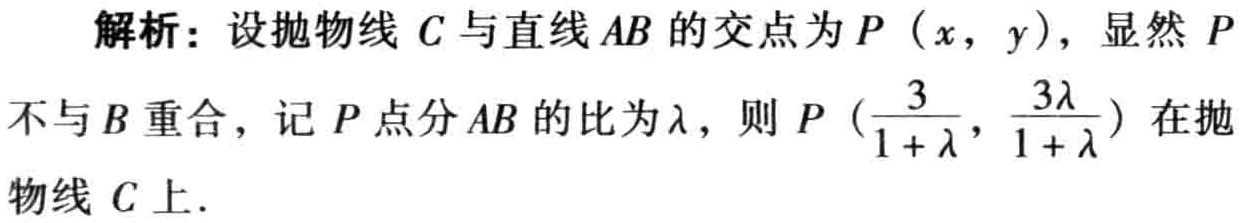
解析：设抛物线 \(C\) 与直线 \(AB\) 的交点为 \(P(x,y)\)，显然 \(P\) 不与 \(B\) 重合，记 \(P\) 点分 \(AB\) 的比为 \(\lambda\)，则 \(P\left(\frac{3}{1 + \lambda},\frac{3\lambda}{1 + \lambda}\right)\) 在抛物线 \(C\) 上.